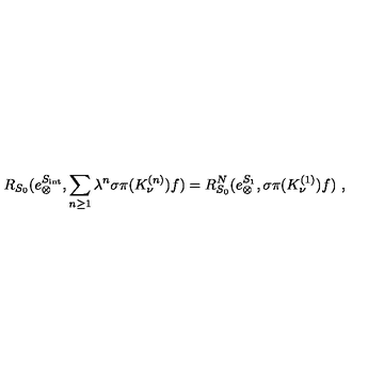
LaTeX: R _ { S _ { 0 } } ( e _ { \otimes } ^ { S _ { \mathrm { i n t } } } , \sum _ { n \geq 1 } \lambda ^ { n } \sigma \pi ( K _ { \nu } ^ { ( n ) } ) f ) = R _ { S _ { 0 } } ^ { N } ( e _ { \otimes } ^ { S _ { 1 } } , \sigma \pi ( K _ { \nu } ^ { ( 1 ) } ) f ) \ ,